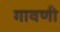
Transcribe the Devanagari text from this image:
गावणी